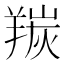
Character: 羰